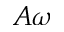
A \omega